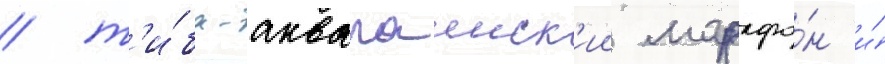
/ т'и́ба-аквалаинск'ии марафо́н и́